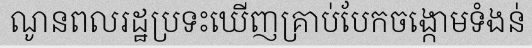
ណូនពលរដ្ឋប្រទះឃើញគ្រាប់បែកចង្កោមទំងន់